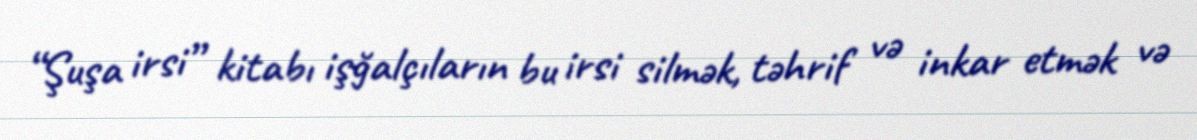
“Şuşa irsi” kitabı işğalçıların bu irsi silmək, təhrif və inkar etmək və